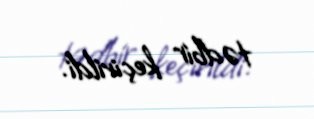
tədbir keçirildi.